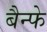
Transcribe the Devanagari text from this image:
बैन्फे